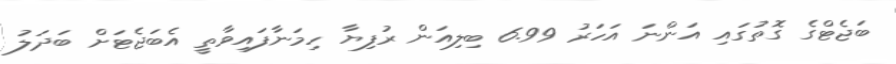
ބަޖެޓްގެ ގޮތުގައި އަންނަ އަހަރު 6.99 ބިލިއަން ރުފިޔާ ހިމަނާފައިވާތީ އެބަޖެޓަށް ބަދަލު